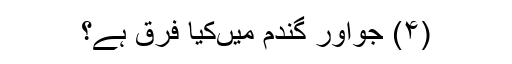
(۴) جواور گندم میںکیا فرق ہے؟